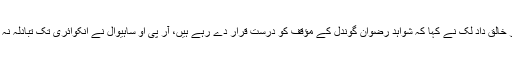
انکوائری افسر خالق داد لک نے کہا کہ شواہد رضوان گوندل کے مؤقف کو درست قرار دے رہے ہیں، آر پی او ساہیوال نے انکوائری تک تبادلہ نہ کرنے کا کہا۔